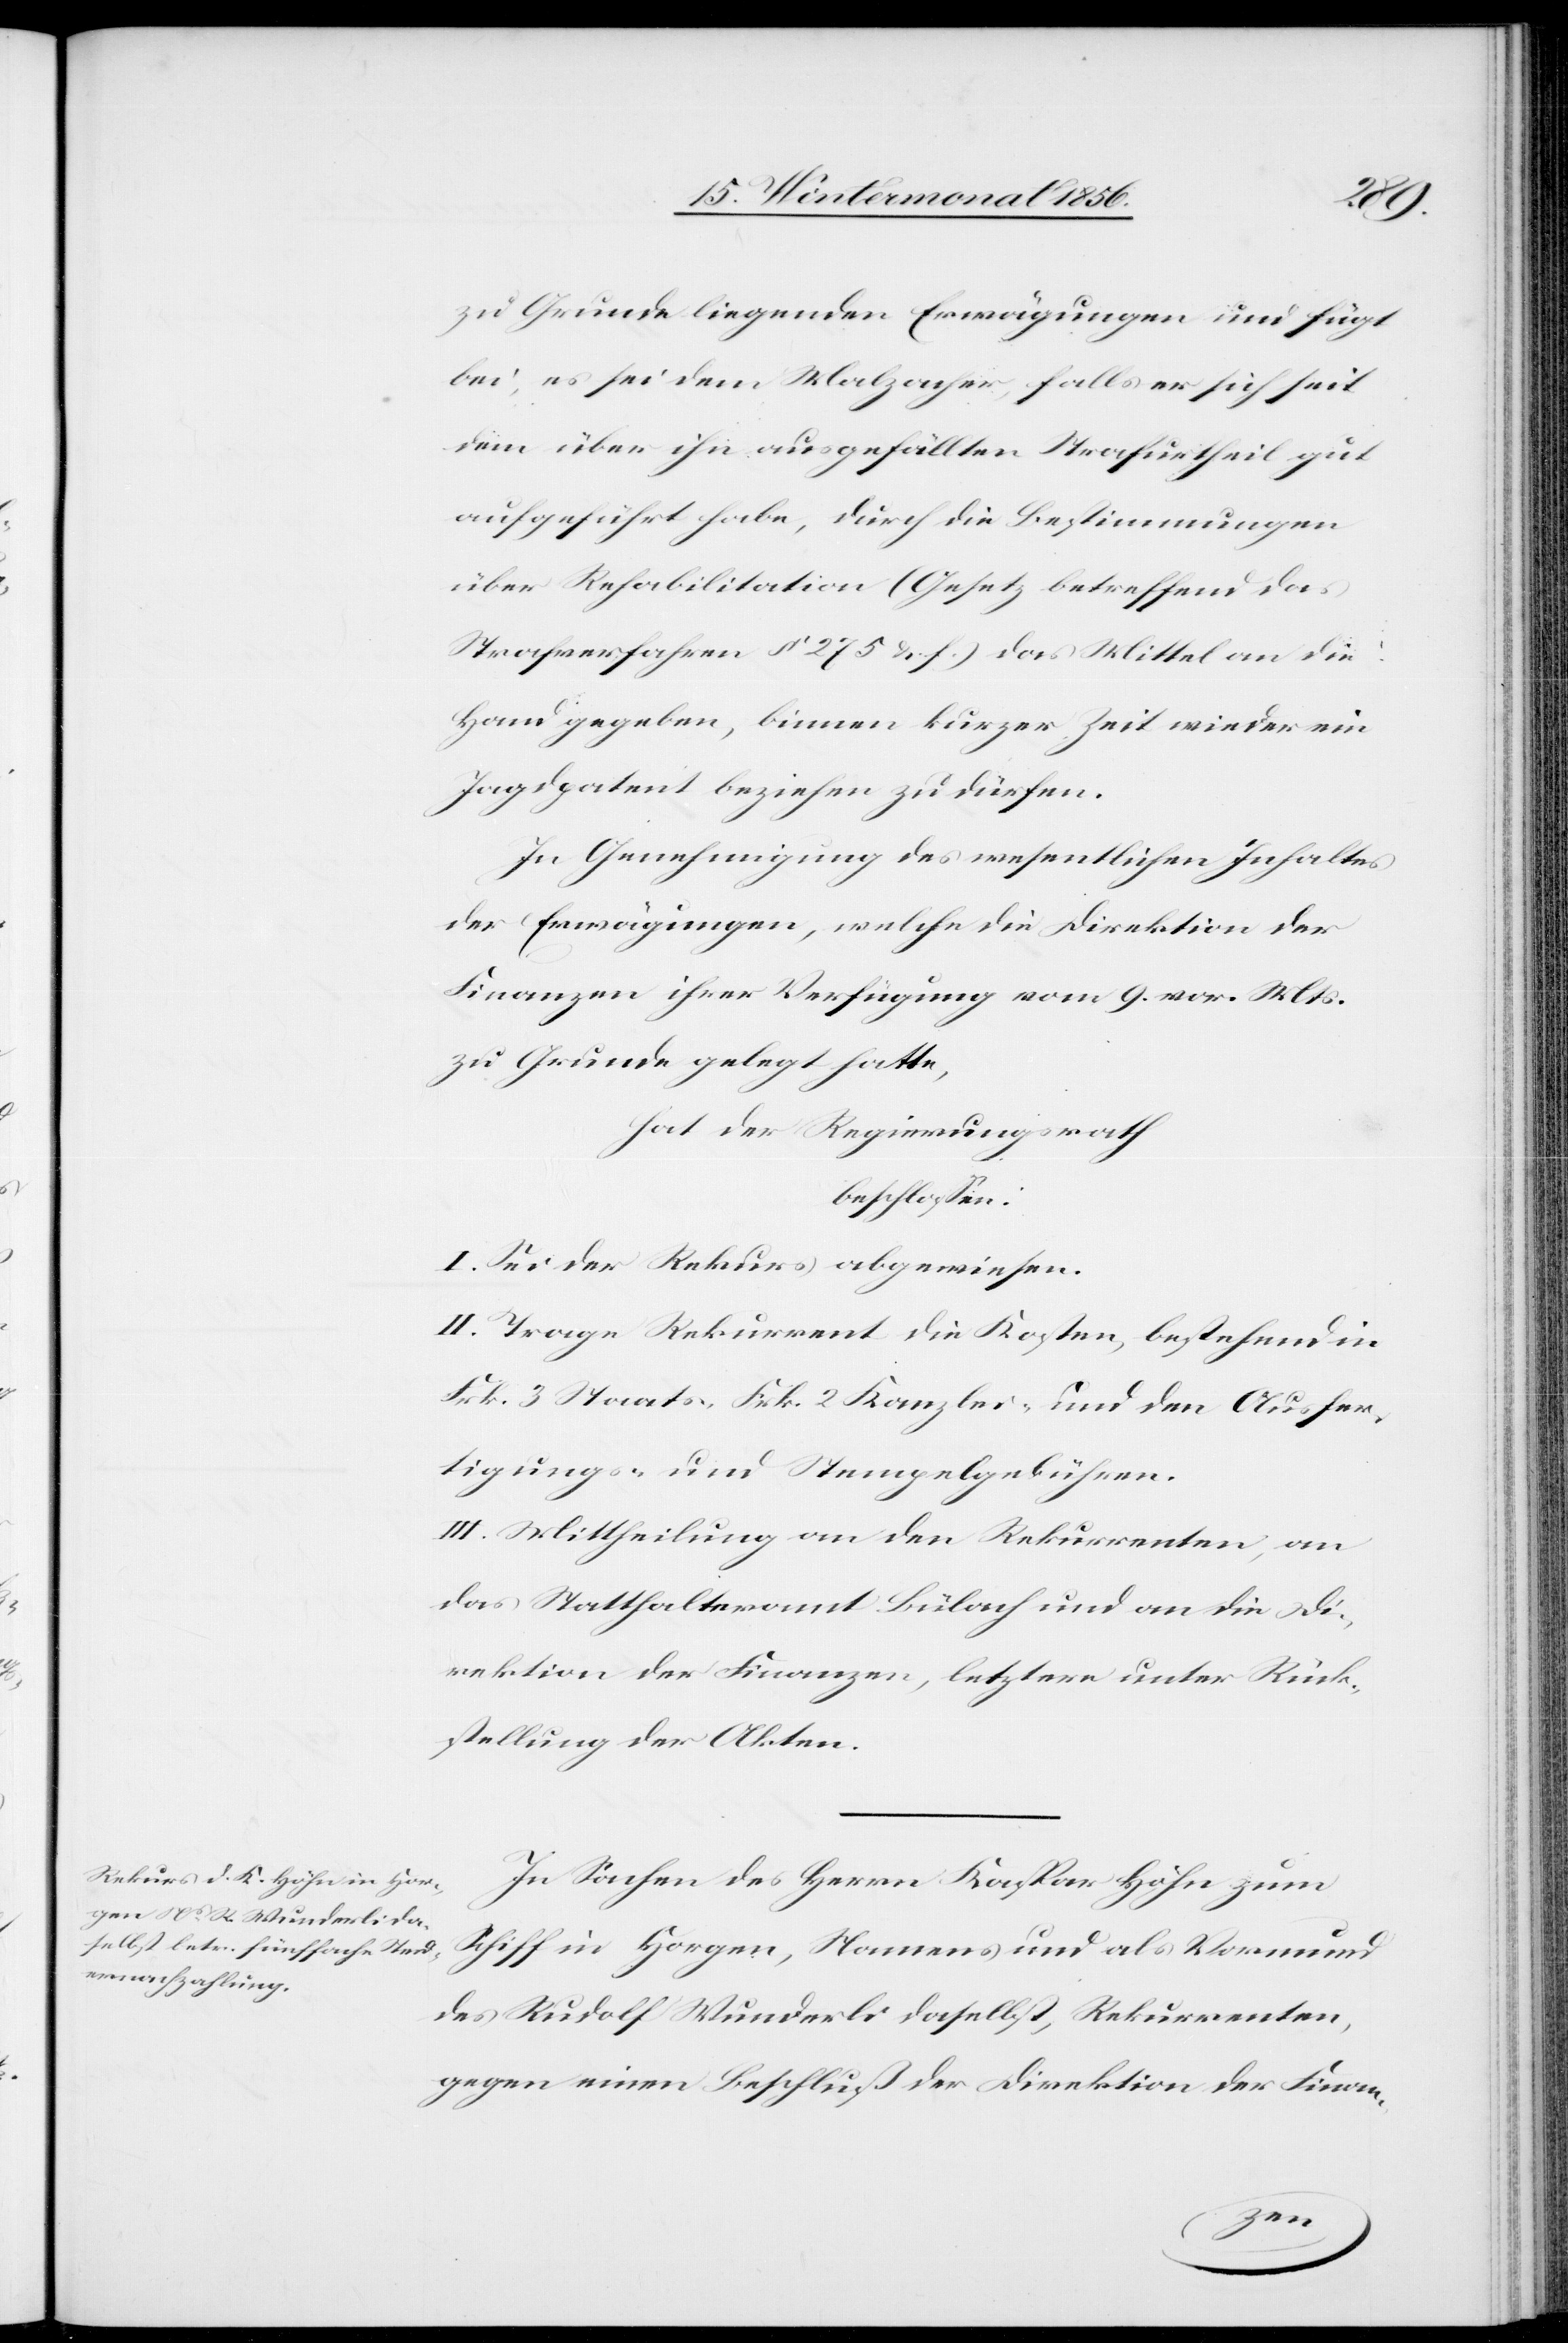
zu Grunde liegenden Erwägungen und fügt
bei, es sei dem Malzacher, falls er sich seit
dem über ihn ausgefällten Strafurtheil gut
aufgeführt habe, durch die Bestimmungen
über Rehabilitation (Gesetz betreffend das
Strafverfahren § 275 &. f.) das Mittel an die
Hand gegeben, binnen kurzer Zeit wieder ein
Jagdpatent beziehen zu dürfen.
In Genehmigung des wesentlichen Inhaltes
der Erwägungen, welche die Direktion der
Finanzen ihrer Verfügung vom 9. vor. Mts.
zu Grunde gelegt hatte,
hat der Regierungsrath
beschlossen:
I. Sei der Rekurs abgewiesen.
II. Trage Rekurrent die Kosten, bestehend in
Frk. 3 Staats-[,] Frk. 2 Kanzlei- und den Ausfer¬
tigungs- und Stempelgebühren.
III. Mittheilung an den Rekurrenten, an
das Statthalteramt Bülach und an die Di¬
rektion der Finanzen, letztere unter Rück¬
stellung der Akten.
In Sachen des Herrn Kaspar Höhn zum
Schiff in Horgen, Namens und als Vormund
des Rudolf Wunderli daselbst, Rekurrenten,
gegen einen Beschluß der Direktion der Finan-